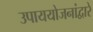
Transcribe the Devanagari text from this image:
उपाययोजनांद्वारे